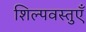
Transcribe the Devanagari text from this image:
शिल्पवस्तुएँ